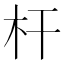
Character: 杆